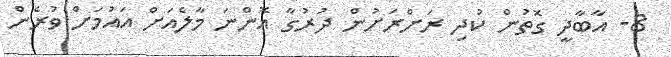
8- އާބާދީ ގޮތުން ކުދި ރަށްރަށުން ދުރުގާ އޮންނަ މާލެއަށް އައުމަށް ވުރެން